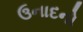
ઉનાદનો